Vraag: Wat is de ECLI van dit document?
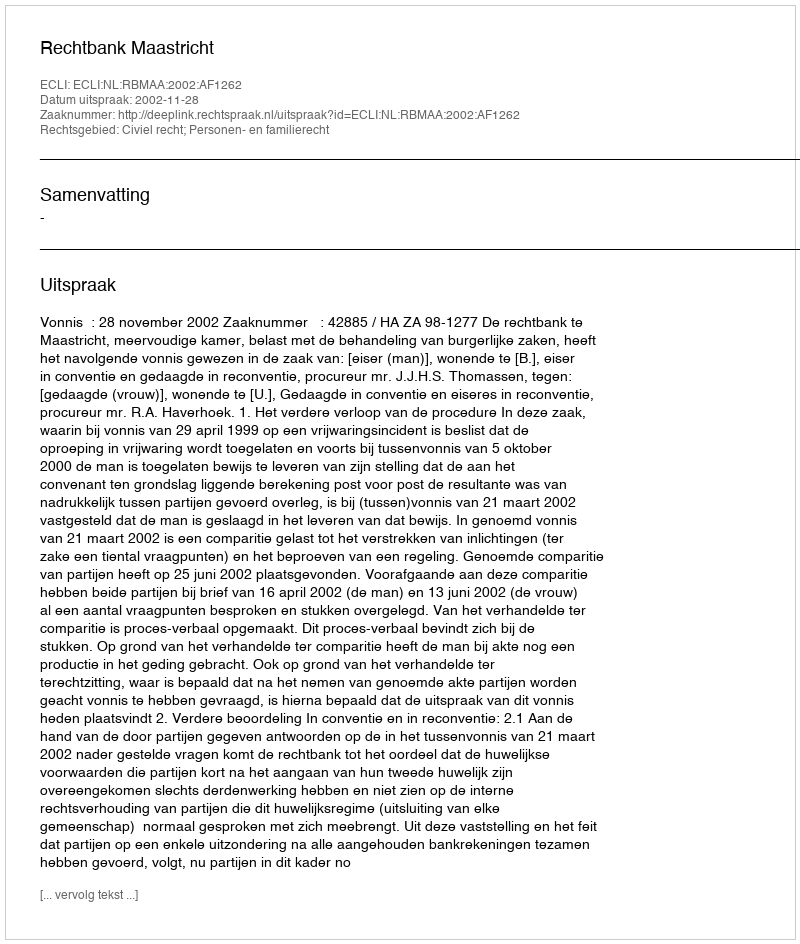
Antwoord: ECLI:NL:RBMAA:2002:AF1262